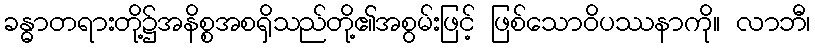
ခန္ဓာတရားတို့၌အနိစ္စအစရှိသည်တို့၏အစွမ်းဖြင့် ဖြစ်သောဝိပဿနာကို။ လာဘီ၊